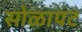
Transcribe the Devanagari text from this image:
सोळापट